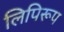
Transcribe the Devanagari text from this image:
लिपिरूप